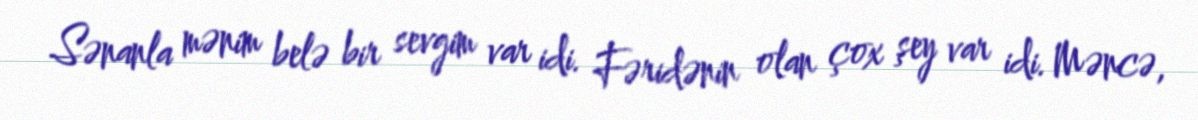
Sənanla mənim belə bir sevgim var idi. Fəridənin olan çox şey var idi. Məncə,